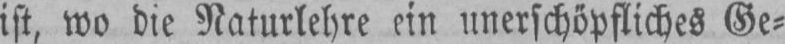
ist, wo die Naturlehre ein unerschöpfliches Ge⸗